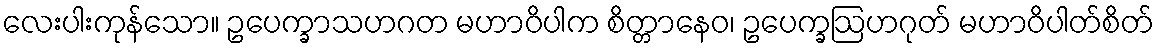
လေးပါးကုန်သော။ ဥပေက္ခာသဟဂတ မဟာဝိပါက စိတ္တာနေဝ၊ ဥပေက္ခဩဟဂုတ် မဟာဝိပါတ်စိတ်